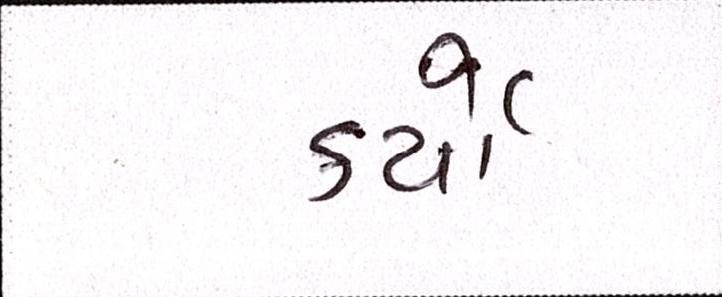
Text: કર્યેા